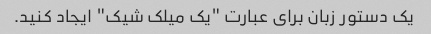
یک دستور زبان برای عبارت "یک میلک شیک" ایجاد کنید.